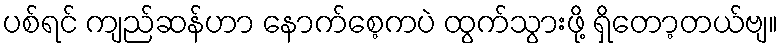
ပစ်ရင် ကျည်ဆန်ဟာ နောက်စေ့ကပဲ ထွက်သွားဖို့ ရှိတော့တယ်ဗျ။